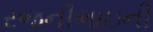
રજનીભાઇની